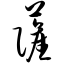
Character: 萨